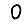
Digit: 0